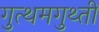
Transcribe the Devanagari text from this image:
गुत्थमगुथ्ती